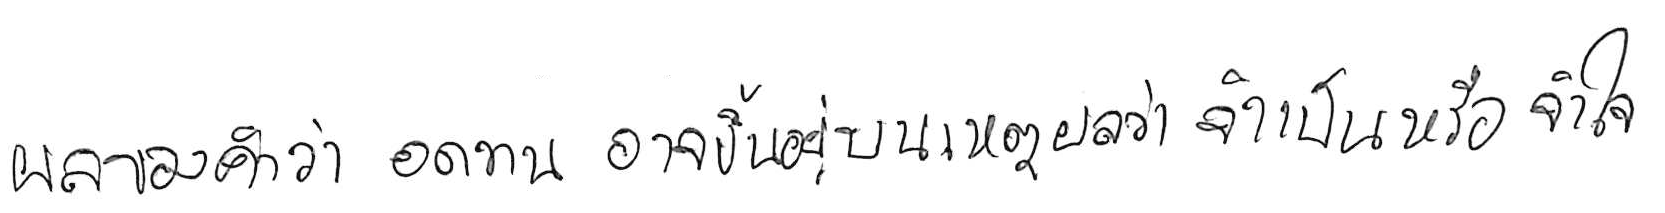
ผลของคำว่า อดทน อาจขึ้นอยู่บนเหตุผลว่า จำเป็น หรือ จำใจ